Veterinary regulations India, 1935 -
Year: 1935
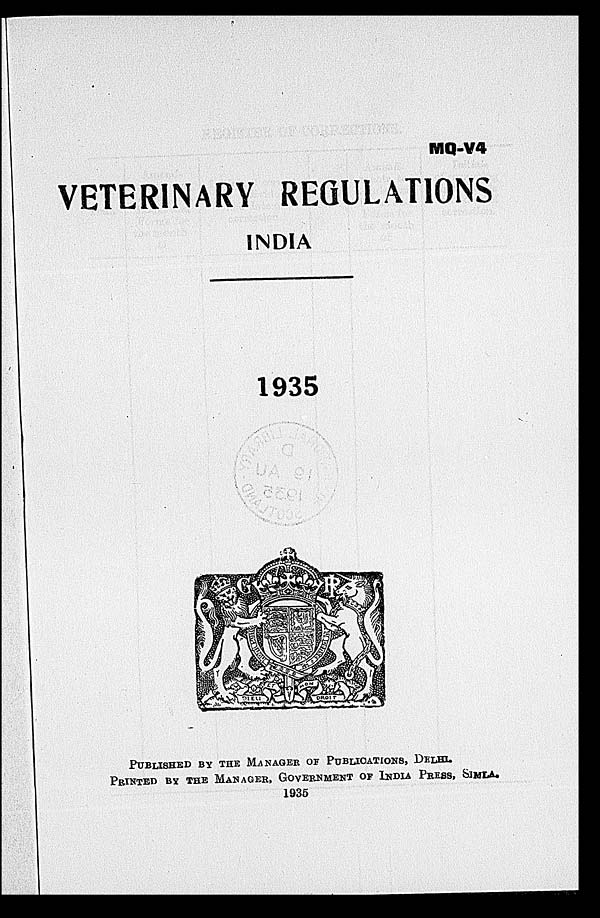
MQ-V4
VETERINARY REGULATIONS
INDIA
1935
PUBLISHED BY THE MANAGER OF PUBLICATIONS, DELHI.
PRINTED BY THE MANAGER, GOVERNMENT OF INDIA PRESS, SIMLA.
1935